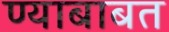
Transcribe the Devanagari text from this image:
ण्याबाबत